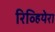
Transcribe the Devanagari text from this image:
रिव्हियेरा